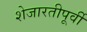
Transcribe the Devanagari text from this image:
शेजारतीपूर्वी